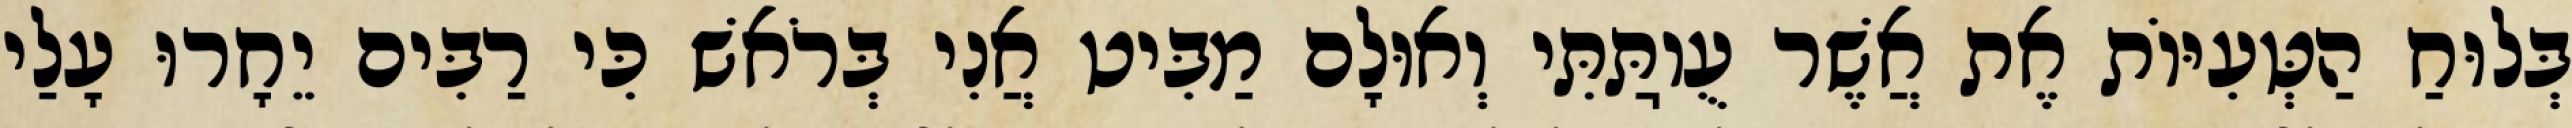
בְּלוּחַ הַטְּעִיּוֹת אֶת אֲשֶׁר עֻוֽתַּתִּי וְאוּלָם מַבִּיט אֲנִי בְּרֹאשׁ כִּי רַבִּים יֵחָרוּ עָלַי